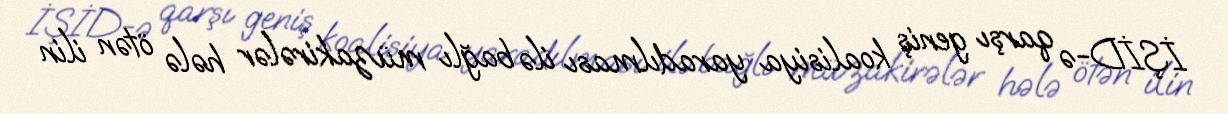
İŞİD-ə qarşı geniş koalisiya yaradılması ilə bağlı müzakirələr hələ ötən ilin